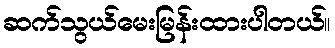
ဆက်သွယ်မေးမြန်းထားပါတယ်။